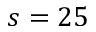
s = 2 5